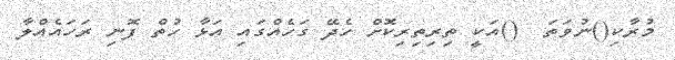
މުރާކި()ނުވަތަ  ()އަކީ ތިރިތިރިކޮށް ހެދޭ ގަހެއްގައި އަޅާ ހުތް ފޮނި ރަހައެއްލާ